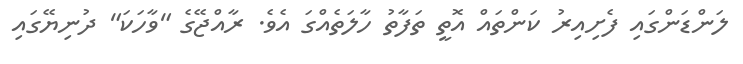
ލަންޑަންގައި ފެށިއިރު ކަންތައް އޮތީ ތަފާތު ހާލަތެއްގަ އެވެ. ރާއްޖޭގެ "ވާހަކަ" ދުނިޔޭގައި